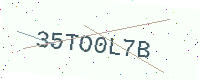
Text: 35TO0L7B